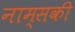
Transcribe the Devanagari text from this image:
नाम्सकी